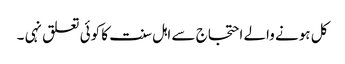
کل ہونے والے احتجاج سے اہل سنت کا کوئی تعلق نہی ۔